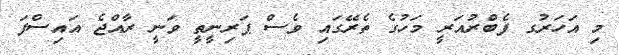
މި އަހަރުގ ފެބްރުއަރީ މަހުގެ ތެރޭގައި ވެސް ޕަރިނީތީ ވަނީ ރާއްޖެ އައިސްފަ